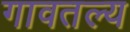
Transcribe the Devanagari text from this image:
गावतल्य